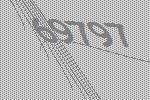
69797